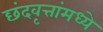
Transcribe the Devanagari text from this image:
छंदवृत्तांमध्ये